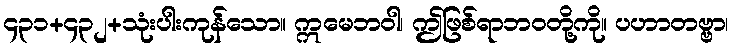
၄၃၁+၄၃၂+သုံးပါးကုန်သော။ ဣမေဘဝါ၊ ဤဖြစ်ရာဘဝတို့ကို။ ပဟာတဗ္ဗာ၊